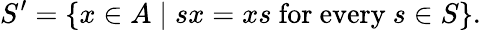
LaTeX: S^{\prime}=\{ x\in A\mid sx=xs\ {\mathrm{for}}\ {\mathrm{every}}\ s\in S\} .